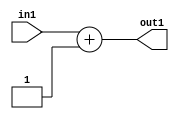
`timescale 1ps / 1ps
/*****************************************************************************
    Verilog RTL Description
    
    
    Created by: Stratus DpOpt 2019.1.01 
*******************************************************************************/

module DC_Filter_Add2i1u8_4 (
	in1,
	out1
	); /* architecture "behavioural" */ 
input [7:0] in1;
output [8:0] out1;
wire [8:0] asc001;

assign asc001 = 
	+(in1)
	+(9'B000000001);

assign out1 = asc001;
endmodule

/* CADENCE  urb1TQ0= : u9/ySgnWtBlWxVPRXgAZ4Og= ** DO NOT EDIT THIS LINE ******/